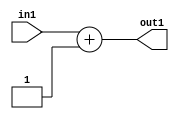
`timescale 1ps / 1ps
/*****************************************************************************
    Verilog RTL Description
    
    
    Created by: Stratus DpOpt 2019.1.01 
*******************************************************************************/

module DC_Filter_Add2i1u8_4 (
	in1,
	out1
	); /* architecture "behavioural" */ 
input [7:0] in1;
output [8:0] out1;
wire [8:0] asc001;

assign asc001 = 
	+(in1)
	+(9'B000000001);

assign out1 = asc001;
endmodule

/* CADENCE  urb1TQ0= : u9/ySgnWtBlWxVPRXgAZ4Og= ** DO NOT EDIT THIS LINE ******/